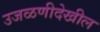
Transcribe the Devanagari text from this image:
उजळणीदेखील